255_413270_UFO's_and_Defense_What_Should_we_Prepare_For
Agency: NASA
Page 62
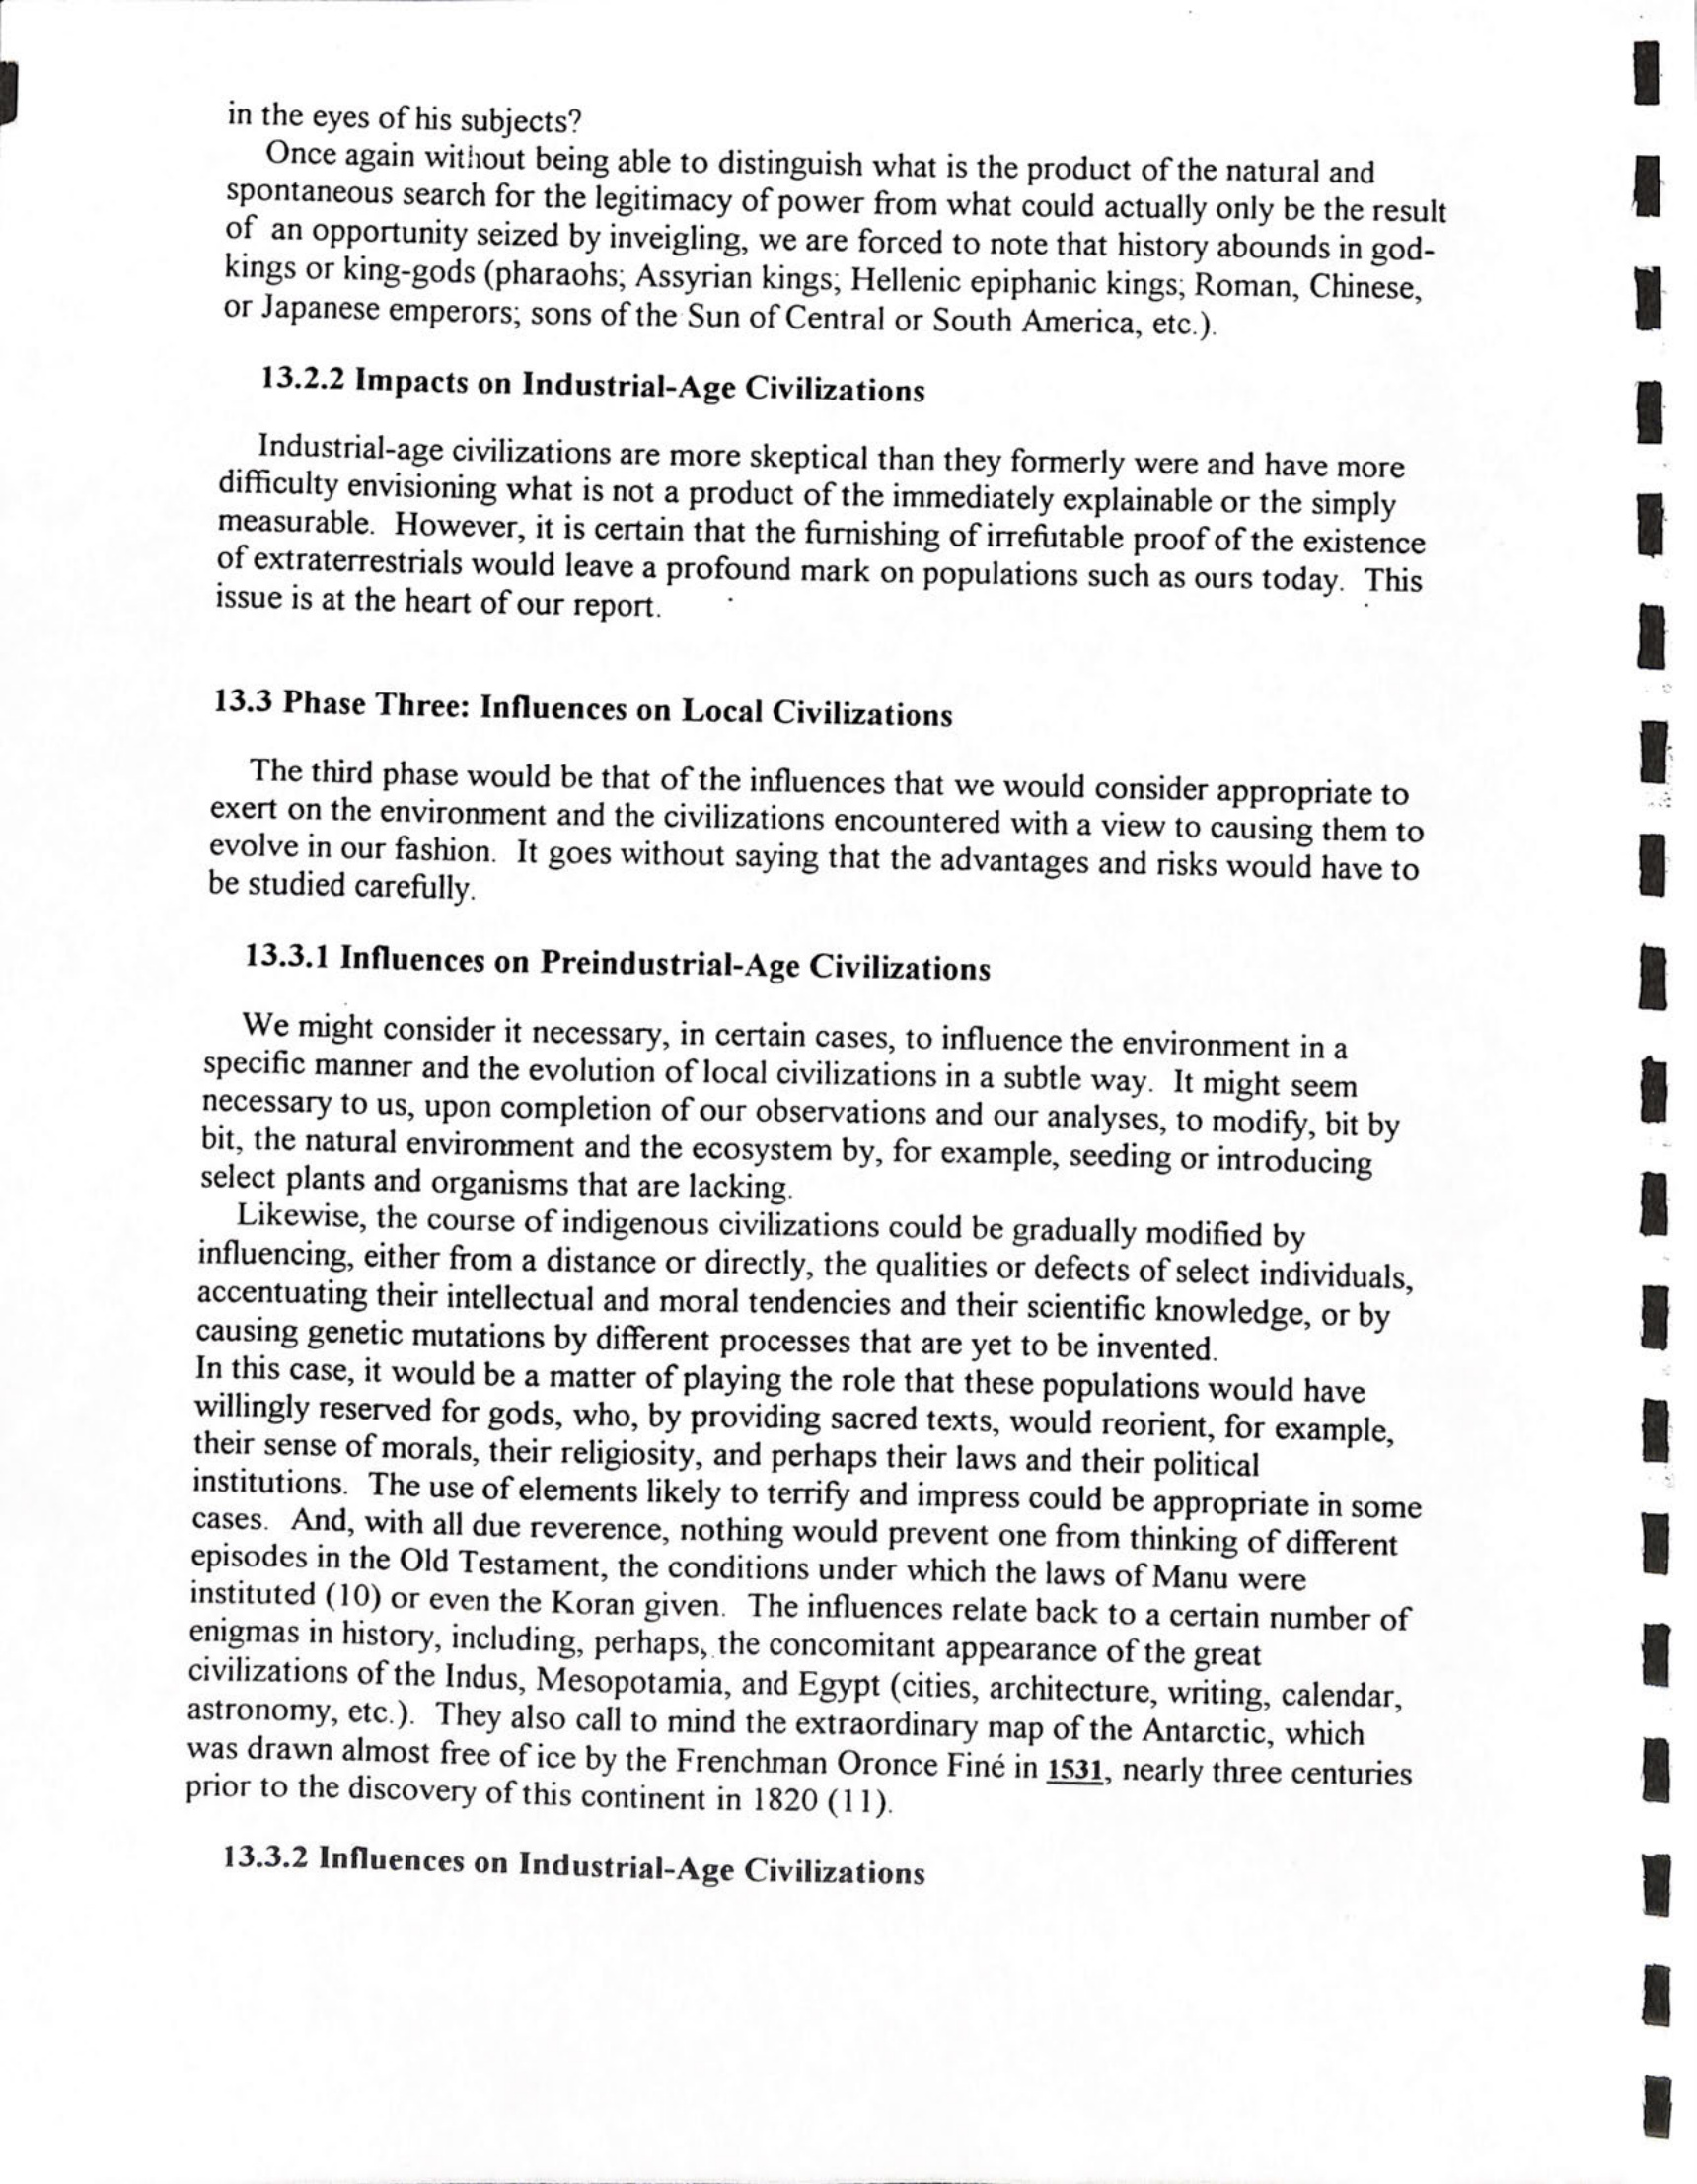